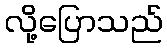
လို့ပြောသည်